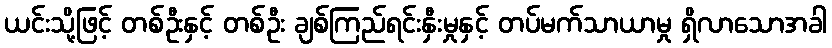
ယင်းသို့ဖြင့် တစ်ဦးနှင့် တစ်ဦး ချစ်ကြည်ရင်းနှီးမှုနှင့် တပ်မက်သာယာမှု ရှိလာသောအခါ